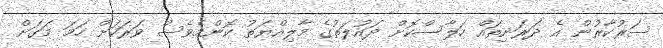
ސަރުކާރުން އެ ދަރަނިތައް ހަލާސްކޮށް ދައުލަތުގެ މާލިއްޔަތު ކޮންމެވެސް ވަރަކަށް ހަމަ މަގަށް